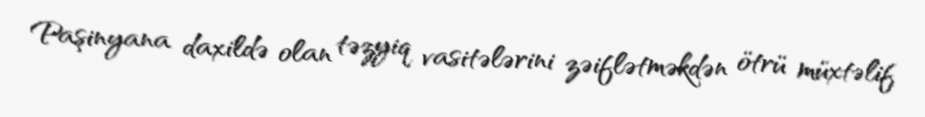
Paşinyana daxildə olan təzyiq vasitələrini zəiflətməkdən ötrü müxtəlif